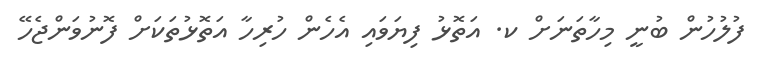
ފުލުހުން ބުނީ މިހާތަނަށް ކ. އަތޮޅު ފިޔަވައި އެހެން ހުރިހާ އަތޮޅުތަކަށް ފޮނުވަންޖެހޭ